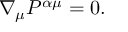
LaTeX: \nabla _ { \mu } P ^ { \alpha \mu } = 0 .